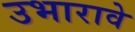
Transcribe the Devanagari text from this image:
उभारावे